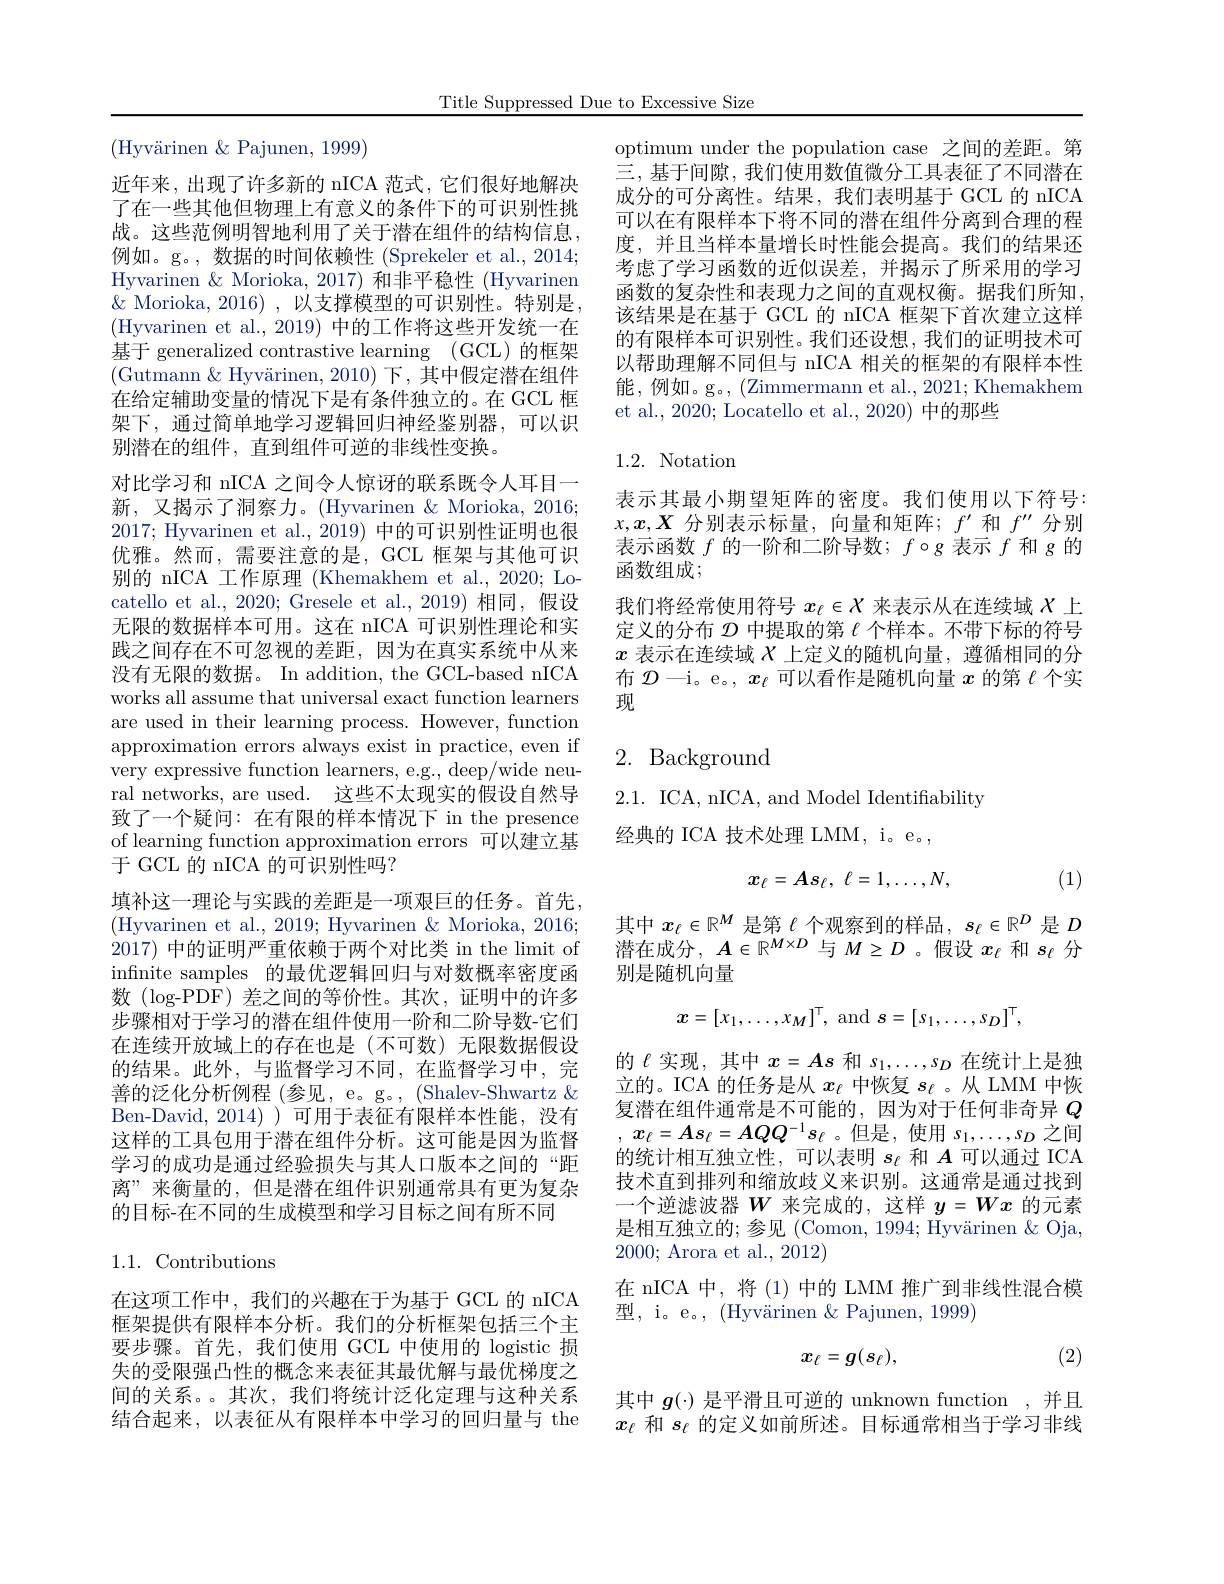
Title Suppressed Due to Excessive Size

(Hyvärinen &Pajunen, 1999)
近年来，出现了许多新的 nICA 范式，它们很好地解决了在一些其他但物理上有意义的条件下的可识别性挑战。这些范例明智地利用了关于潜在组件的结构信息， 例如。g。, 数据的时间依赖性 (Sprekeler et al., 2014; Hyvarinen & Morioka, 2017) 和非平稳性 (Hyvarinen $\&$ Morioka, 2016) , 以支撑模型的可识别性。特别是， (Hyvarinen et al., 2019) 中的工作将这些开发统一在基于 generalized contrastive learning (GCL)的框架(Gutmann& Hyvärinen, 2010) 下，其中假定潜在组件在给定辅助变量的情况下是有条件独立的。在 GCL 框架下，通过简单地学习逻辑回归神经鉴别器，可以识别潜在的组件，直到组件可逆的非线性变换。
对比学习和 nICA 之间令人惊讶的联系既令人耳目一新，又揭示了洞察力。(Hyvarinen & Morioka, 2016; 2017; Hyvarinen et al., 2019) 中的可识别性证明也很优雅。然而，需要注意的是，GCL 框架与其他可识别的 nICA 工作原理 (Khemakhem et al., 2020; Locatello et al., 2020; Gresele et al., 2019) 相同，假设无限的数据样本可用。这在 nICA 可识别性理论和实践之间存在不可忽视的差距，因为在真实系统中从来没有无限的数据。In addition, the GCL-based nICA works all assume that universal exact function learners are used in their learning process. However, function approximation errors always exist in practice, even if very expressive function learners, e.g., deep/wide neural networks, are used. 这些不太现实的假设自然导致了一个疑问：在有限的样本情况下 in the presence of learning function approximation errors 可以建立基于 GCL 的 nICA 的可识别性吗？
填补这一理论与实践的差距是一项艰巨的任务。首先(Hyvarinen et al., 2019; Hyvarinen & Morioka, 2016; 2017)中的证明严重依赖于两个对比类 in the limit of infnite samples 的最优逻辑回归与对数概率密度函数 (log-PDF) 差之间的等价性。其次，证明中的许多步骤相对于学习的潜在组件使用一阶和二阶导数-它们在连续开放域上的存在也是(不可数)无限数据假设的结果。此外，与监督学习不同，在监督学习中，完善的泛化分析例程 (参见，e。g。, (Shalev-Shwartz & Ben-David,2014) )可用于表征有限样本性能，没有这样的工具包用于潜在组件分析。这可能是因为监督学习的成功是通过经验损失与其人口版本之间的“距离”来衡量的，但是潜在组件识别通常具有更为复杂的目标-在不同的生成模型和学习目标之间有所不同
1.1. Contributions
在这项工作中，我们的兴趣在于为基于 GCL 的 nICA

框架提供有限样本分析。我们的分析框架包括三个主要步骤。首先，我们使用 GCL 中使用的 logistic 损失的受限强凸性的概念来表征其最优解与最优梯度之间的关系。。其次，我们将统计泛化定理与这种关系结合起来，以表征从有限样本中学习的回归量与 the

optimum under the population case 之间的差距。第三，基于间隙，我们使用数值微分工具表征了不同潜在成分的可分离性。结果，我们表明基于 GCL 的 nICA 可以在有限样本下将不同的潜在组件分离到合理的程度，并且当样本量增长时性能会提高。我们的结果还考虑了学习函数的近似误差，并揭示了所采用的学习函数的复杂性和表现力之间的直观权衡。据我们所知， 该结果是在基于 GCL 的 nICA 框架下首次建立这样的有限样本可识别性。我们还设想，我们的证明技术可以帮助理解不同但与 nICA 相关的框架的有限样本性能，例如。g。,(Zimmermann et al., 2021; Khemakhem et al., 2020; Locatello et al., 2020) 中的那些

## 1.2. Notation

表示其最小期望矩阵的密度。我们使用以下符号： $x,x,X$分别表示标量，向量和矩阵；$f^\prime$和$f^{\prime\prime}$分别表示函数$f$的一阶和二阶导数；$f\circ g$表示$f$和$g$的函数组成；
我们将经常使用符号$x_\ell\in X$来表示从在连续域$\chi$上定义的分布$\mathcal{D}$中提取的第$\ell$个样本。不带下标的符号$x$表示在连续域$X$上定义的随机向量，遵循相同的分布$\mathcal{D}$一i。e。, $x_\ell$可以看作是随机向量$x$的第$\ell$个实现

# 2. Background

2.1. ICA, nICA, and Model Identiffability
经典的 ICA 技术处理 LMM, i。e。,
$$x_{\ell}=As_{\ell},\:\ell=1,\ldots,N,$$
(1)

其中$x_\ell\in\mathbb{R}^M$是第$\ell$个观察到的样品，$s_\ell\in\mathbb{R}^D$是$D$ 潜在成分，$A\in\mathbb{R}^{M\times D}$与$M\geq D$ 。假设$x_\ell$和$s_\ell$分别是随机向量
$$\boldsymbol{x}=[x_1,\ldots,x_M]^\top,\:\mathrm{and}\:\boldsymbol{s}=[s_1,\ldots,s_D]^\top,$$
的$\ell$实现，其中$x=As$和$s_1,\ldots,s_D$在统计上是独立的。ICA 的任务是从$x_\ell$中恢复$s_\ell$ 。从 LMM 中恢复潜在组件通常是不可能的，因为对于任何非奇异$Q$ , $x_{\ell }= As_{\ell }= AQQ^{- 1}s_{\ell }$。但是，使用$s_1,\ldots,s_D$之间的统计相互独立性，可以表明$s_\ell$和$A$可以通过 ICA 技术直到排列和缩放歧义来识别。这通常是通过找到一个逆滤波器$W$来完成的，这样$y=Wx$的元素是相互独立的；参见 (Comon, 1994; Hyvärinen & Oja, 2000; Arora et al., 2012)
在 nICA 中，将 (1) 中的 LMM 推广到非线性混合模
型，i。e。, (Hyvärinen & Pajunen, 1999)

(2)
$$x_{\ell}=g(s_{\ell}),$$
其中$g(\cdot)$是平滑且可逆的 unknown function ,并且$x_\ell$和$s_\ell$的定义如前所述。目标通常相当于学习非线